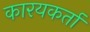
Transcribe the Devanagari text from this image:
कारयकर्ता